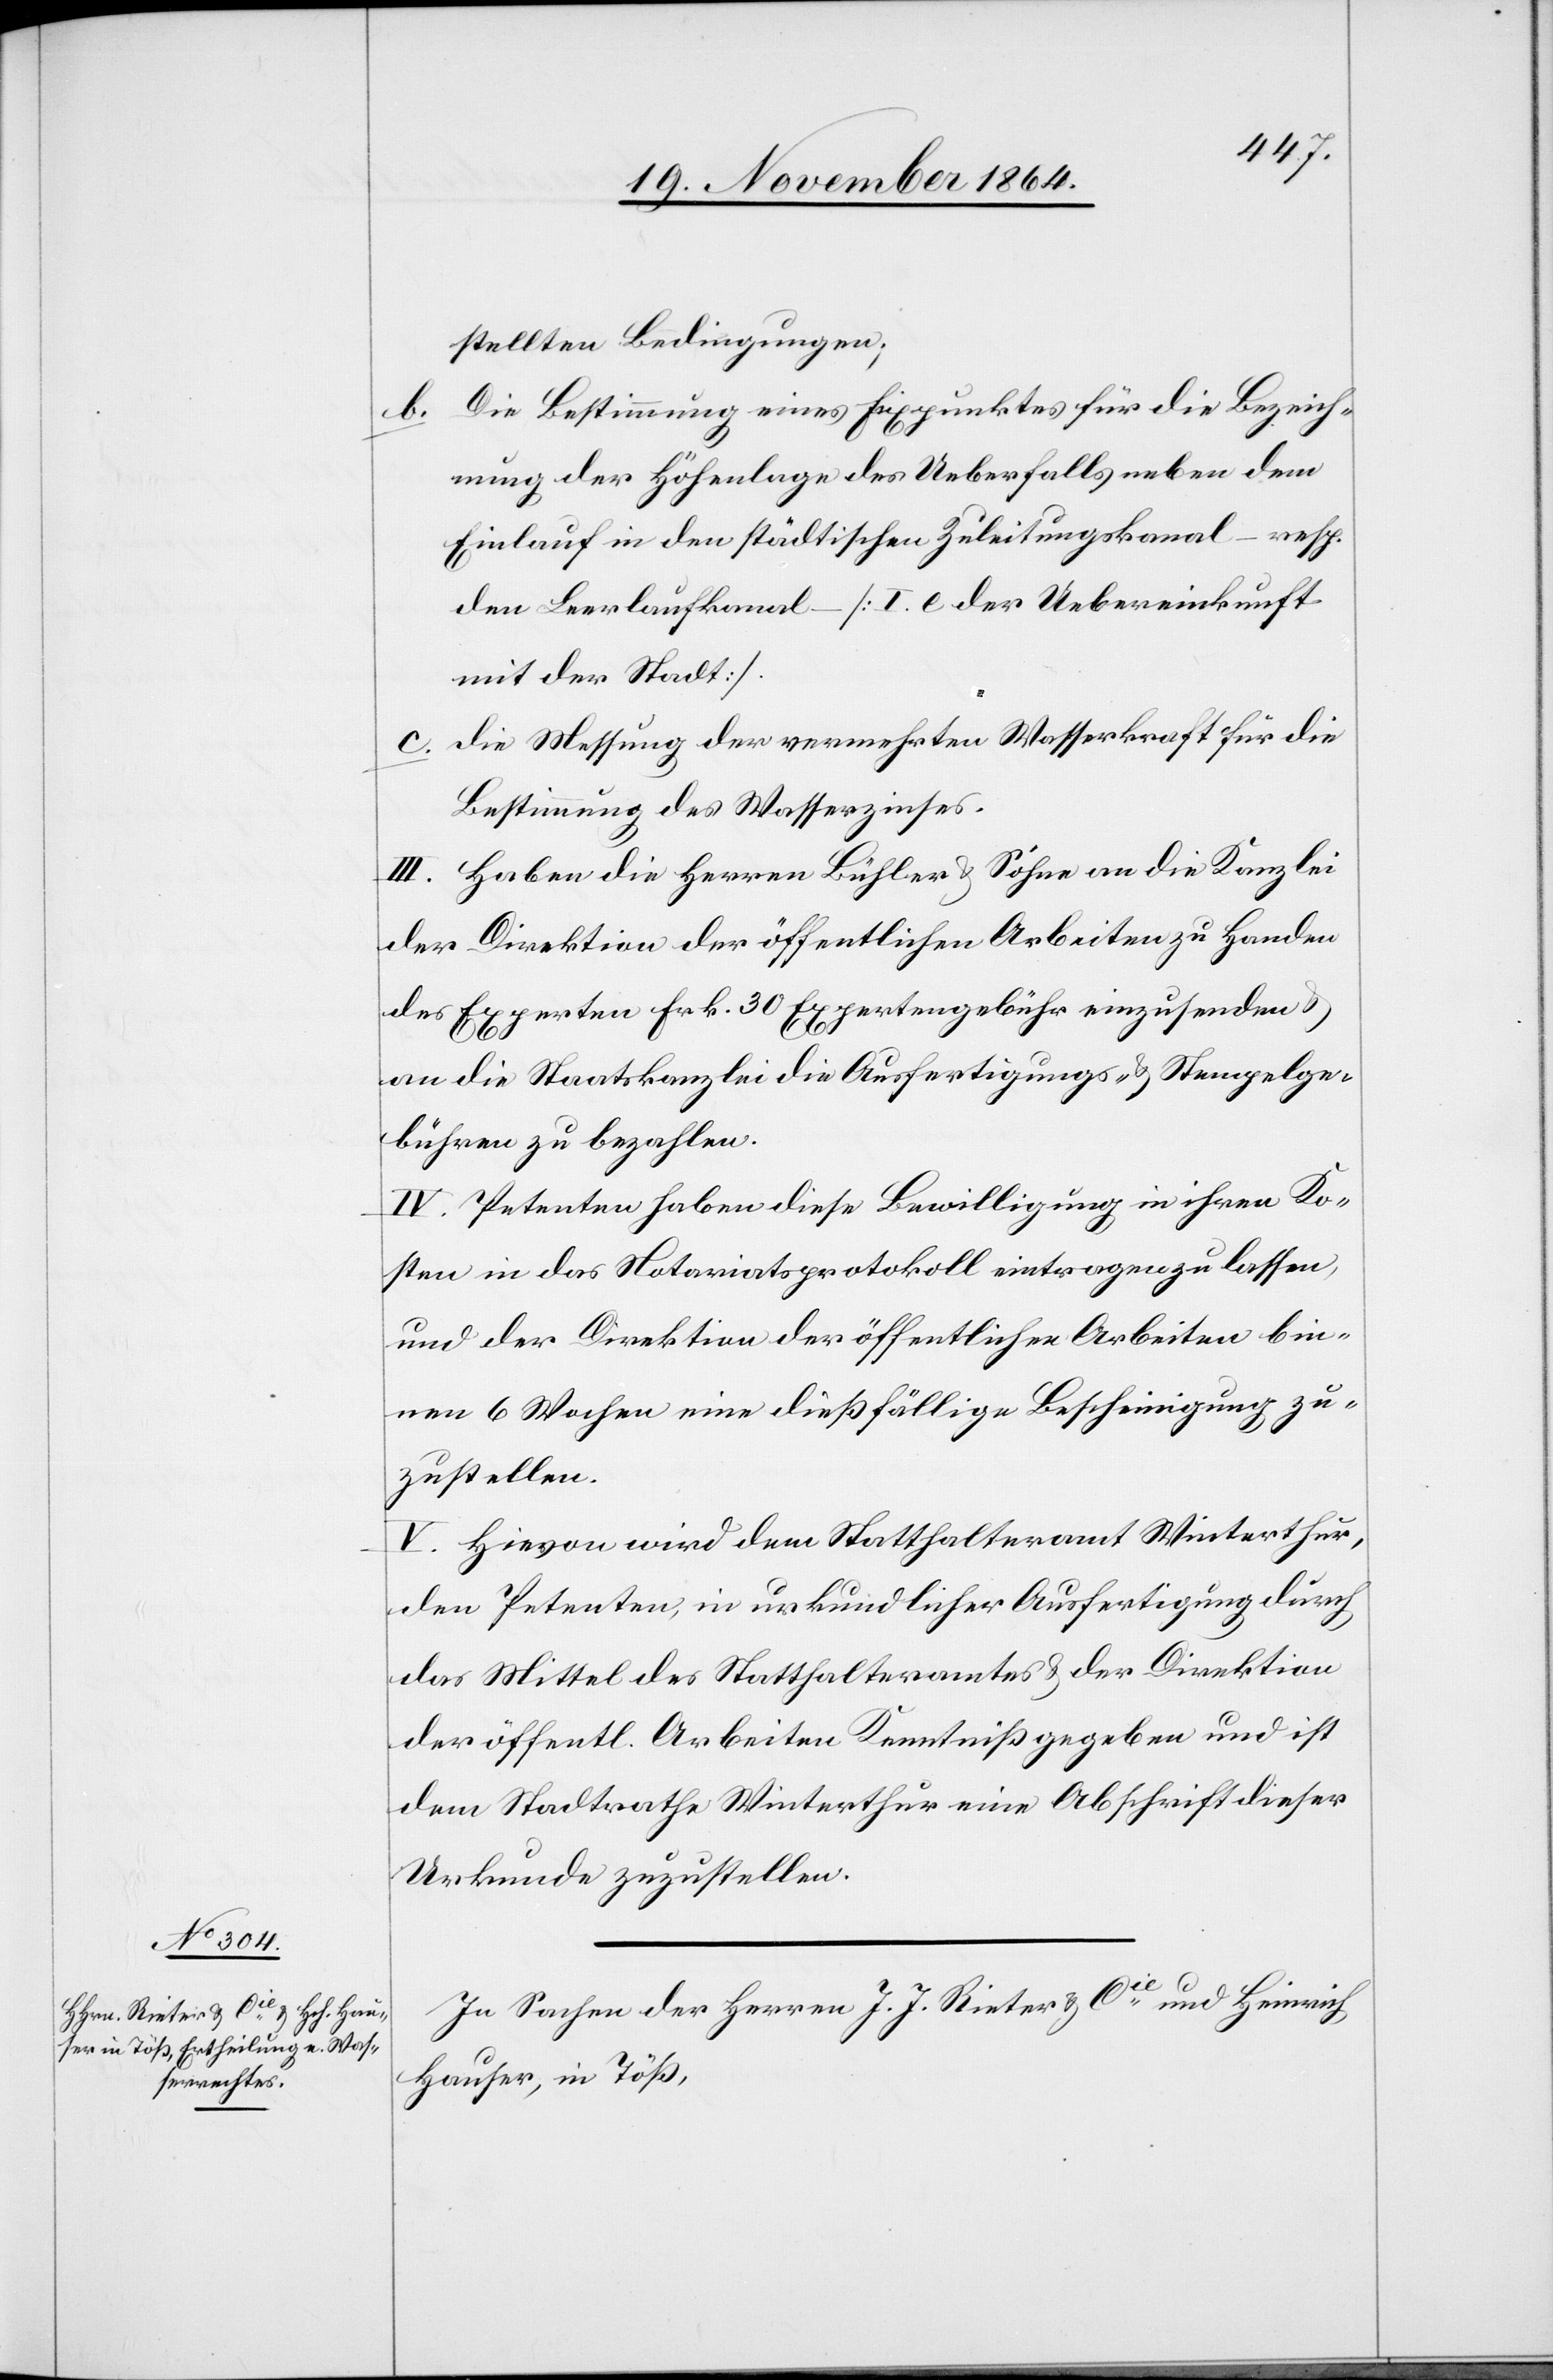
In Sachen der Herren J. J. Rieter & Cie und Heinrich
Hauser, in Töß,